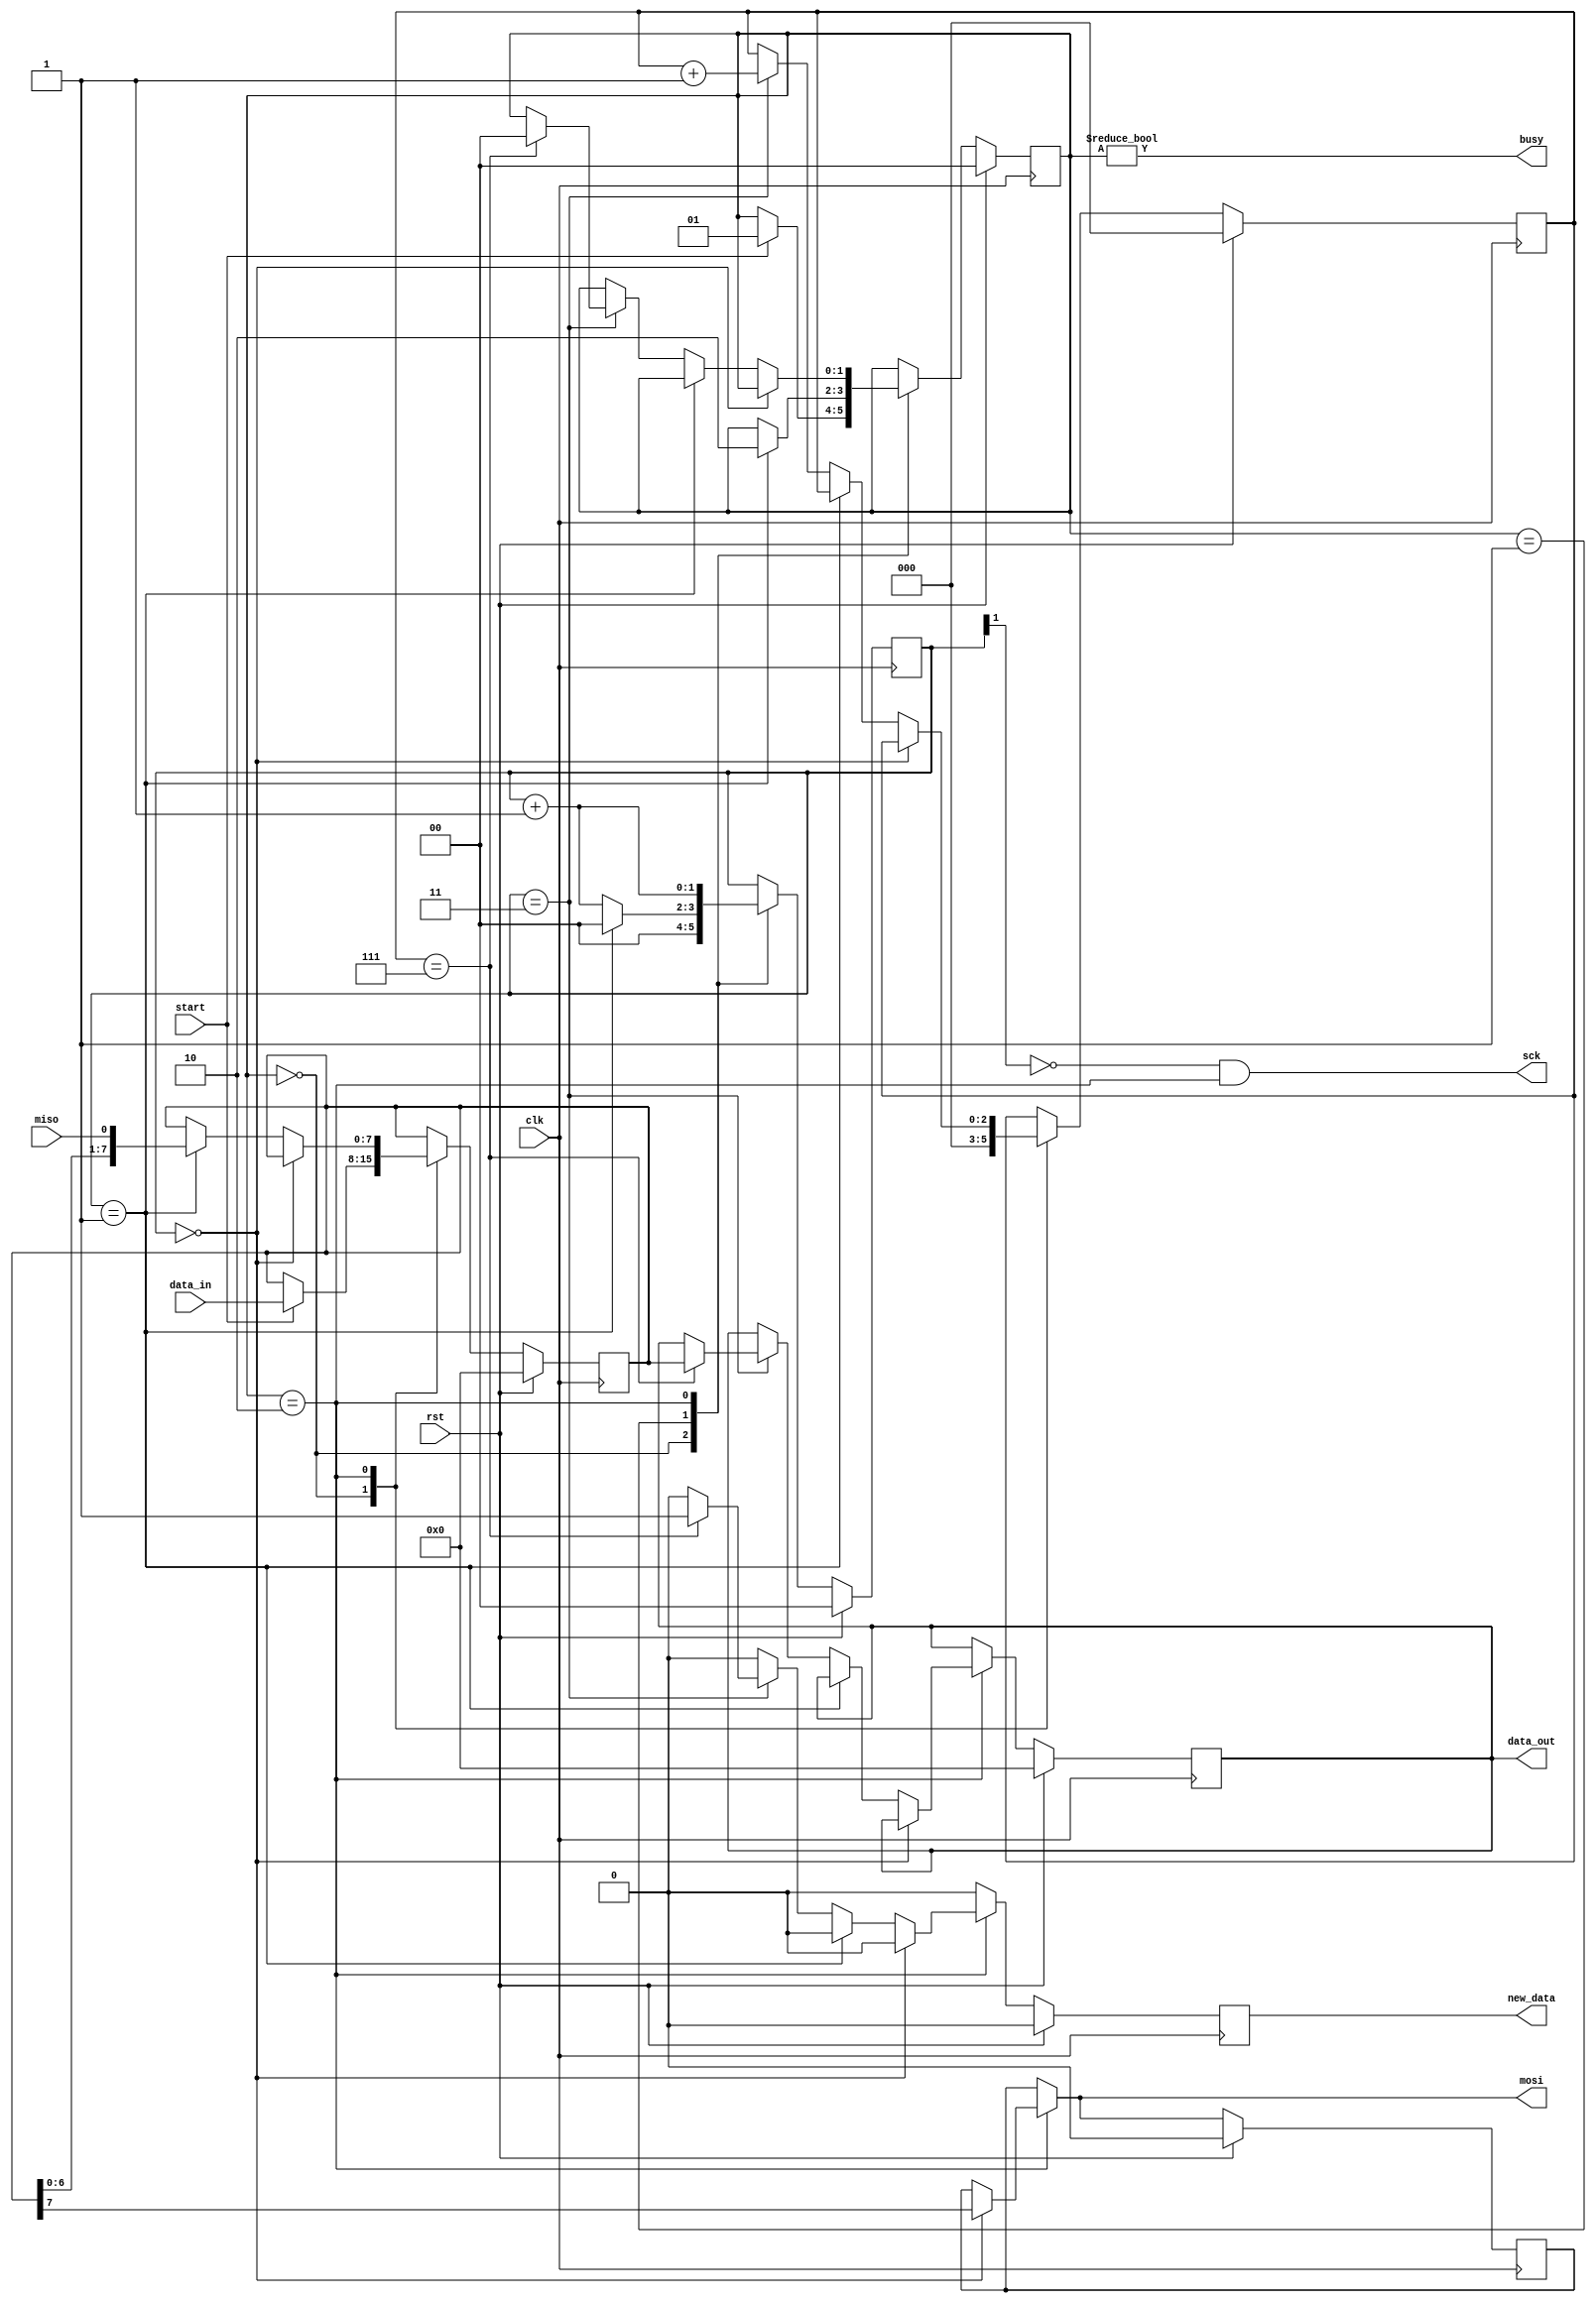
module spi_master #(
    parameter CLK_DIV = 2   // Clock division factor
)(
    input clk,        // Clock input
    input rst,        // Reset input
    input miso,       // Master In Slave Out data line
    output mosi,      // Master Out Slave In data line
    output sck,       // Serial Clock line
    input start,      // Start signal
    input [7:0] data_in, // 8-bit input data
    output [7:0] data_out, // 8-bit output data
    output busy,      // Busy flag
    output new_data   // New data available flag
);

    // State definitions
    localparam STATE_SIZE = 2;
    localparam IDLE = 2'd0,
               WAIT_HALF = 2'd1,
               TRANSFER = 2'd2;

    // Internal registers
    reg [STATE_SIZE-1:0] state_d, state_q;
    reg [7:0] data_d, data_q;
    reg [CLK_DIV-1:0] sck_d, sck_q;
    reg mosi_d, mosi_q;
    reg [2:0] ctr_d, ctr_q;
    reg new_data_d, new_data_q;
    reg [7:0] data_out_d, data_out_q;

    // Output assignments
    assign mosi = mosi_d; //pragya changed from mosi_q to mosi_d
    assign sck = (~sck_q[CLK_DIV-1]) & (state_q == TRANSFER);
    assign busy = state_q != IDLE;
    assign data_out = data_out_q;
    assign new_data = new_data_q;

    // Combinational Logic Block
    always @(*) begin
        // Default assignments
        sck_d = sck_q;
        data_d = data_q;
        mosi_d = mosi_q;
        ctr_d = ctr_q;
        new_data_d = 1'b0;
        data_out_d = data_out_q;
        state_d = state_q;

        // State machine
        case (state_q)
            IDLE: begin
                sck_d = 4'b0;  // Reset clock counter
                ctr_d = 3'b0;  // Reset bit counter
                // If start signal is active
                if (start == 1'b1) begin
                    data_d = data_in; // Load input data
                    state_d = WAIT_HALF; // Move to next state
                end
            end

            WAIT_HALF: begin
                sck_d = sck_q + 1'b1;  // Increment clock counter
                // If half of the clock period has elapsed
                if (sck_q == {CLK_DIV-1{1'b1}}) begin
                    sck_d = 1'b0;  // Reset clock counter
                    state_d = TRANSFER; // Move to next state
                end
            end

            TRANSFER: begin
                sck_d = sck_q + 1'b1;  // Increment clock counter
                // If the clock counter is at zero (rising edge)
                if (sck_q == 4'b0000) begin
                    mosi_d = data_q[7];  // Set the most significant bit to mosi
                // If the clock is half full (falling edge)
                end else if (sck_q == {CLK_DIV-1{1'b1}}) begin
                    data_d = {data_q[6:0], miso};  // Shift and include miso bit
                // If clock counter is full (rising edge)
                end else if (sck_q == {CLK_DIV{1'b1}}) begin
                    ctr_d = ctr_q + 1'b1;  // Increment bit counter
                    // If we are on the last bit
                    if (ctr_q == 3'b111) begin
                        state_d = IDLE;  // Go back to idle state
                        data_out_d = data_q; // Set the output data register
                        new_data_d = 1'b1; // Indicate new data is available
                    end
                end
            end
        endcase
    end

    // Sequential Logic Block
    always @(posedge clk) begin
        if (rst) begin
            // On reset, initialize all registers
            ctr_q <= 3'b0;
            data_q <= 8'b0;
            sck_q <= 4'b0;
            mosi_q <= 1'b0;
            state_q <= IDLE;
            data_out_q <= 8'b0;
            new_data_q <= 1'b0;
        end else begin
            // Transfer intermediate values to state registers
            ctr_q <= ctr_d;
            data_q <= data_d;
            sck_q <= sck_d;
            mosi_q <= mosi_d;
            state_q <= state_d;
            data_out_q <= data_out_d;
            new_data_q <= new_data_d;
        end
    end
endmodule